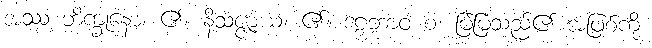
အဿ ဘိက္ခုနော၊ ၏။ နိသဇ္ဇာယ၊ ၏။ ဒဠှဘာဝံ စ၊ မြဲမြံသည်၏ အဖြစ်ကို